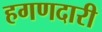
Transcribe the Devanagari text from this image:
हगणदारी